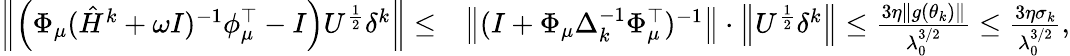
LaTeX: \begin{array}{rl}{\left\| \left(\Phi_{\mu}(\hat{H}^{k}+\omega I)^{-1}\phi_{\mu}^{\top}-I\right)U^{\frac{1}{2}}\delta^{k}\right\| \leq}&{\left\| (I+\Phi_{\mu}\Delta_{k}^{-1}\Phi_{\mu}^{\top})^{-1}\right\| \cdot\left\| U^{\frac{1}{2}}\delta^{k}\right\| \leq\frac{3\eta\| g(\theta_{k})\| }{\lambda_{0}^{3/2}}\leq\frac{3\eta\sigma_{k}}{\lambda_{0}^{3/2}},}\end{array}